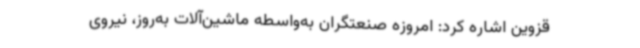
قزوین اشاره کرد: امروزه صنعتگران به‌واسطه ماشین‌آلات به‌روز، نیروی